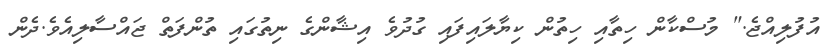
އުފުލިއްޖެ." މުސްކާން ހިތާއި ހިތުން ކިޔާލައިފައި ގުދުވެ އިޝާންގެ ނިތުގައި ތުންފަތް ޖައްސާލިއެވެ.ދެން